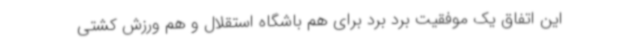
این اتفاق یک موفقیت برد برد برای هم باشگاه استقلال و هم ورزش کشتی